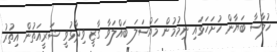
ޚުލާސާ ބަޔާން ހުށަހަޅައި ނިމުމުން މައްސަލަ ބައްލަވާ ގާޒީ ވިދާޅުވީ ޝަރީއަތުން އިތުރު